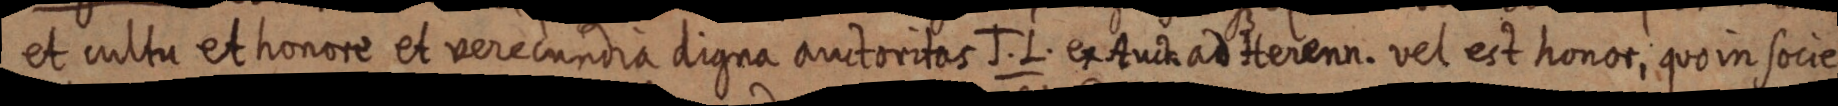
et cultu et honore et verecundia digna auctoritas J. L. ex Auck ad Herenn. vel est honor, quo in socie